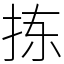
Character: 拣